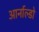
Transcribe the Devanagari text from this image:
आर्नाल्डो